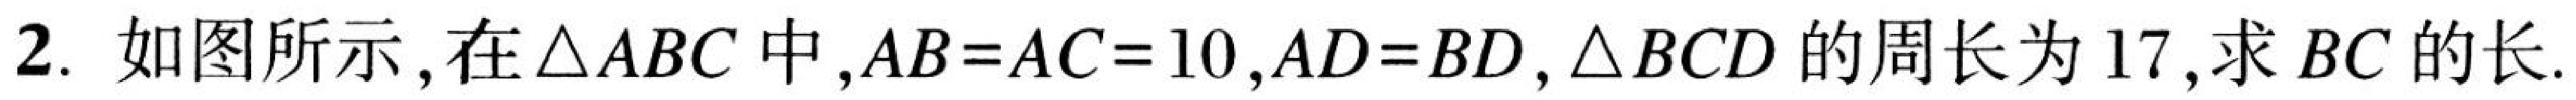
2. 如图所示,在\(\triangle ABC\)中,\(AB = AC = 10\),\(AD = BD\),\(\triangle BCD\)的周长为\(17\),求\(BC\)的长.